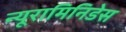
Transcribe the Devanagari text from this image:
न्यूरामिनिडेस